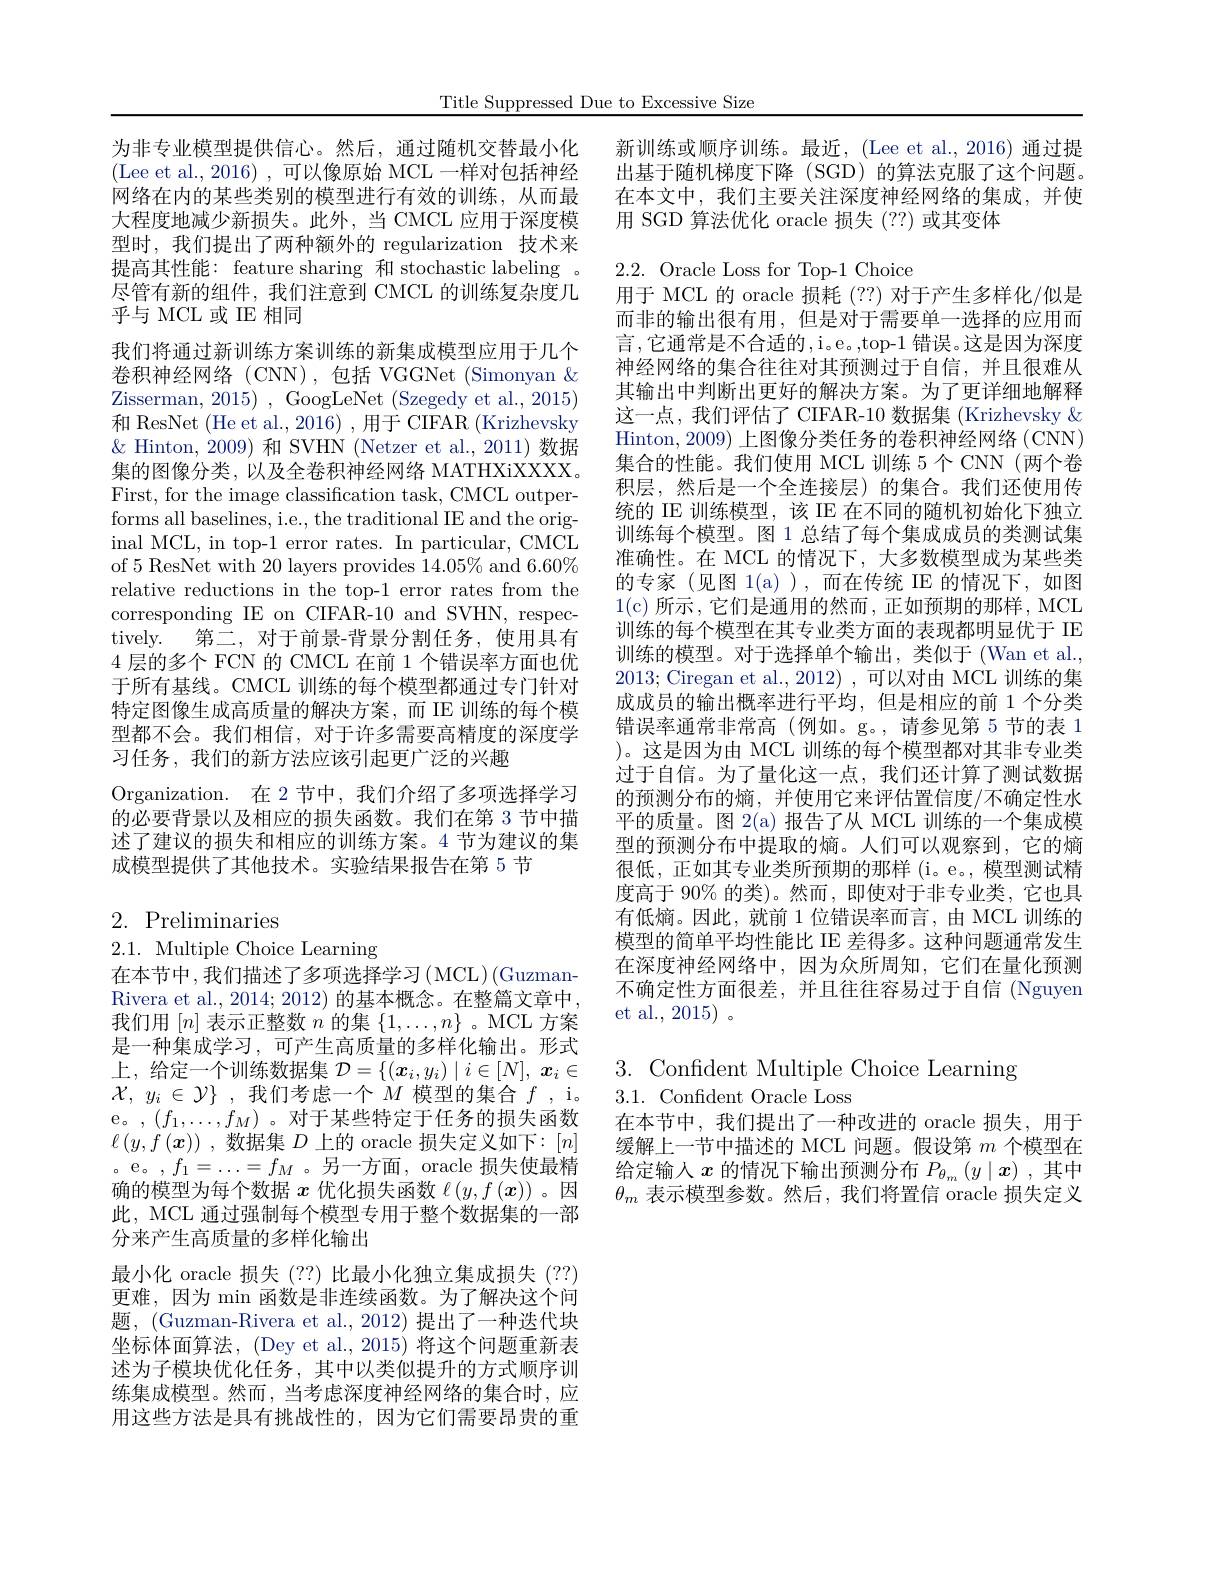
Title Suppressed Due to Excessive Size

为非专业模型提供信心。然后，通过随机交替最小化(Lee et al.,2016),可以像原始 MCL 一样对包括神经网络在内的某些类别的模型进行有效的训练，从而最大程度地减少新损失。此外，当 CMCL 应用于深度模型时，我们提出了两种额外的 regularization 技术来提高其性能：feature sharing 和 stochastic labeling 。尽管有新的组件，我们注意到 CMCL 的训练复杂度几乎与 MCL 或 IE 相同

我们将通过新训练方案训练的新集成模型应用于几个卷积神经网络(CNN),包括 VGGNet (Simonyan & Zisserman, 2015) , GoogLeNet ( Szegedy et al. , 2015) 和 ResNet (He et al., 2016) , 用于 CIFAR (Krizhevsky $\&$ Hinton, 2009) 和 SVHN (Netzer et al., 2011) 数据集的图像分类，以及全卷积神经网络 MATHXiXXXX. First, for the image classification task, CMCL outperforms all baselines, i.e., the traditional IE and the original MCL, in top-1 error rates. In particular, CMCL of 5 ResNet with 20 layers provides $\tilde14.05\%$ and 6.60% relative reductions in the top-1 error rates from the corresponding IE on CIFAR-10 and SVHN, respectively. 第二，对于前景-背景分割任务，使用具有4 层的多个 FCN 的 CMCL 在前 1 个错误率方面也优于所有基线。CMCL 训练的每个模型都通过专门针对特定图像生成高质量的解决方案，而 IE 训练的每个模型都不会。我们相信，对于许多需要高精度的深度学习任务，我们的新方法应该引起更广泛的兴趣
Organization. 在 2 节中，我们介绍了多项选择学习的必要背景以及相应的损失函数。我们在第 3 节中描述了建议的损失和相应的训练方案。4 节为建议的集成模型提供了其他技术。实验结果报告在第 5 节

# 2. Preliminaries

2.1. Multiple Choice Learning
在本节中，我们描述了多项选择学习(MCL)(GuzmanRivera et al., 2014; 2012) 的基本概念。在整篇文章中， 我们用$[n]$表示正整数$n$的集$\{1,\ldots,n\}$ 。MCL 方案是一种集成学习，可产生高质量的多样化输出。形式上，给定一个训练数据集$\mathcal{D}=\{(\boldsymbol{x}_i,y_i)\mid i\in[N],\boldsymbol{x}_i\in$ $\mathcal{X} $, $y_i\in \mathcal{Y} \}$ ,我们考虑一个$M$ 模型的集合$f$,i。e。$,(f_1,\ldots,f_M)$。对于某些特定于任务的损失函数$\ell\left(y,f\left(\boldsymbol{x}\right)\right)$,数据集$D$上的 oracle 损失定义如下$:[n]$ 。e。,$f_1=\ldots=f_M$ 。另一方面，oracle 损失使最精确的模型为每个数据$x$优化损失函数$\ell(y,f(\boldsymbol{x}))$ 。因此，MCL 通过强制每个模型专用于整个数据集的一部分来产生高质量的多样化输出
最小化 oracle 损失(??) 比最小化独立集成损失(??) 更难，因为 min 函数是非连续函数。为了解决这个问题，(Guzman-Rivera et al., 2012) 提出了一种迭代块坐标体面算法，(Dey et al., 2015) 将这个问题重新表述为子模块优化任务，其中以类似提升的方式顺序训练集成模型。然而，当考虑深度神经网络的集合时，应用这些方法是具有挑战性的，因为它们需要昂贵的重

新训练或顺序训练。最近，(Lee et al.,2016)通过提出基于随机梯度下降 (SGD) 的算法克服了这个问题。在本文中，我们主要关注深度神经网络的集成，并使用 SGD 算法优化 oracle 损失 (??) 或其变体

2.2. Oracle Loss for Top-1 Choice
用于 MCL 的 oracle 损耗 (??) 对于产生多样化/似是

而非的输出很有用，但是对于需要单一选择的应用而言，它通常是不合适的，i。e。,top-1 错误。这是因为深度神经网络的集合往往对其预测过于自信，并且很难从其输出中判断出更好的解决方案。为了更详细地解释这一点，我们评估了 CIFAR-10 数据集 (Krizhevsky & Hinton, 2009) 上图像分类任务的卷积神经网络 (CNN) 集合的性能。我们使用 MCL 训练 5 个 CNN (两个卷积层，然后是一个全连接层)的集合。我们还使用传统的 IE 训练模型，该 IE 在不同的随机初始化下独立训练每个模型。图 1 总结了每个集成成员的类测试集准确性。在 MCL 的情况下，大多数模型成为某些类的专家(见图 1(a)),而在传统 IE 的情况下，如图1(c)所示，它们是通用的然而，正如预期的那样，MCL 训练的每个模型在其专业类方面的表现都明显优于 IE 训练的模型。对于选择单个输出，类似于(Wan et al. 2013; Ciregan et al., 2012) , 可以对由 MCL 训练的集成成员的输出概率进行平均，但是相应的前 1 个分类错误率通常非常高(例如。g。,请参见第 5 节的表 1 )。这是因为由 MCL 训练的每个模型都对其非专业类过于自信。为了量化这一点，我们还计算了测试数据的预测分布的熵，并使用它来评估置信度/不确定性水平的质量。图 2(a) 报告了从 MCL 训练的一个集成模型的预测分布中提取的熵。人们可以观察到，它的熵很低，正如其专业类所预期的那样 (i。e。,模型测试精度高于 90% 的类)。然而，即使对于非专业类，它也具有低熵。因此，就前 1 位错误率而言，由 MCL 训练的模型的简单平均性能比 IE 差得多。这种问题通常发生在深度神经网络中，因为众所周知，它们在量化预测不确定性方面很差，并且往往容易过于自信 (Nguyen et al., 2015)。

3. Confident Multiple Choice Learning
3.1.Confident Oracle Loss

在本节中，我们提出了一种改进的 oracle 损失，用于缓解上一节中描述的 MCL 问题。假设第$m$个模型在给定输人$x$的情况下输出预测分布$P_{\theta_m}\left(y\mid\boldsymbol{x}\right)$,其中$\theta_m$表示模型参数。然后，我们将置信 oracle 损失定义